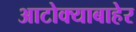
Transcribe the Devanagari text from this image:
आटोक्याबाहेर